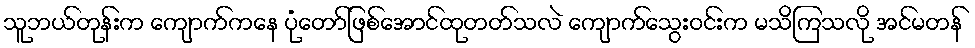
သူဘယ်တုန်းက ကျောက်ကနေ ပုံတော်ဖြစ်အောင်ထုတတ်သလဲ ကျောက်သွေးဝင်းက မသိကြသလို အင်မတန်